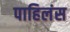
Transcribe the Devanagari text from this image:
पाहिलंस